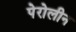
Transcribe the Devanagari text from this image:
पेरोलीन